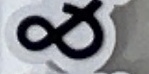
&